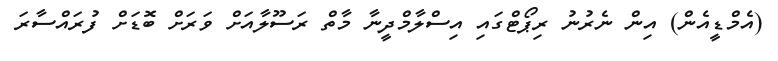
(އެމްޑީއެން) އިން ނެރުނު ރިޕޯޓްގައި އިސްލާމްދީނާ މާތް ރަސޫލާއަށް ވަރަށް ބޮޑަށް ފުރައްސާރަ